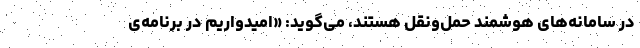
در سامانه‌های هوشمند حمل‌ونقل هستند، می‌گوید: «امیدواریم در برنامه‌ی